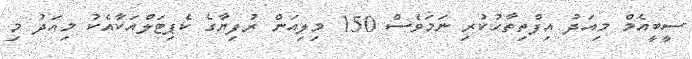
ސީބީއެމް މިއަދު އިފްތިތާހުކުރި ނަމަވެސް 150 މިލިއަން ރުފިޔާގެ ކެޕިޓަލްއަކާއެކު މިއަދު މި